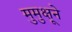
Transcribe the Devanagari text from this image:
मुमुक्षूने